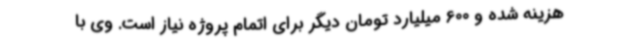
هزینه شده و 600 میلیارد تومان دیگر برای اتمام پروژه نیاز است. وی با